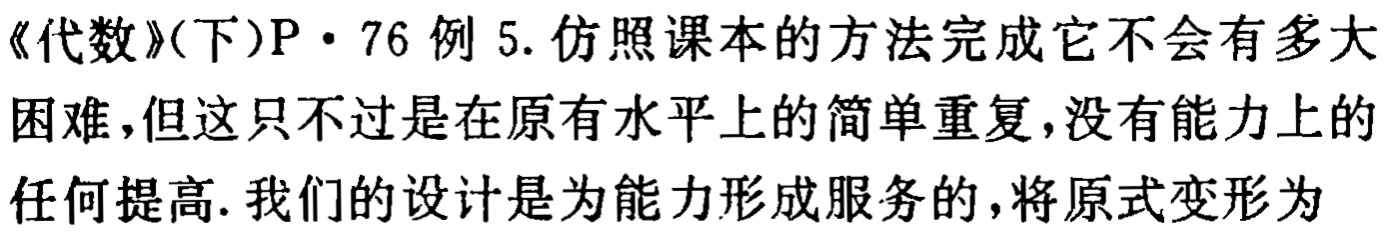
《代数》(下)P·76例5. 仿照课本的方法完成它不会有多大困难,但这只不过是在原有水平上的简单重复,没有能力上的任何提高. 我们的设计是为能力形成服务的,将原式变形为